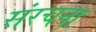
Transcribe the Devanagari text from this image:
संंरचना